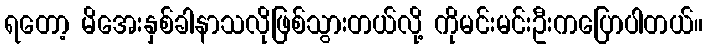
ရတော့ မိအေးနှစ်ခါနာသလိုဖြစ်သွားတယ်လို့ ကိုမင်းမင်းဦးကပြောပါတယ်။